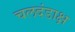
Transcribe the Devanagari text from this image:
चलदंडाक्ष